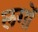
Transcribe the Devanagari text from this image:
लगों